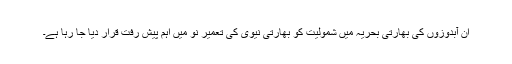
ان آبدوزوں کی بھارتی بحریہ میں شمولیت کو بھارتی نیوی کی تعمیر نو میں اہم پیش رفت قرار دیا جا رہا ہے۔